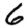
Digit: 6